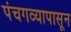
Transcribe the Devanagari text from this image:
पंचगव्यापासून